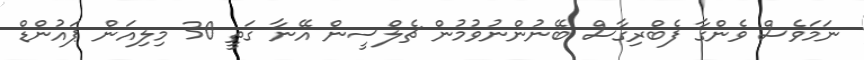
ނަމަވެސް ވެންގާ ފެބްރިގާސް ބޭނުންނުވުމުން ޗެލްސީން އޭނާ ގަތީ 30 މިލިއަން ޕައުންޑް